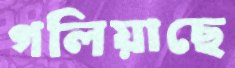
গলিয়াছে